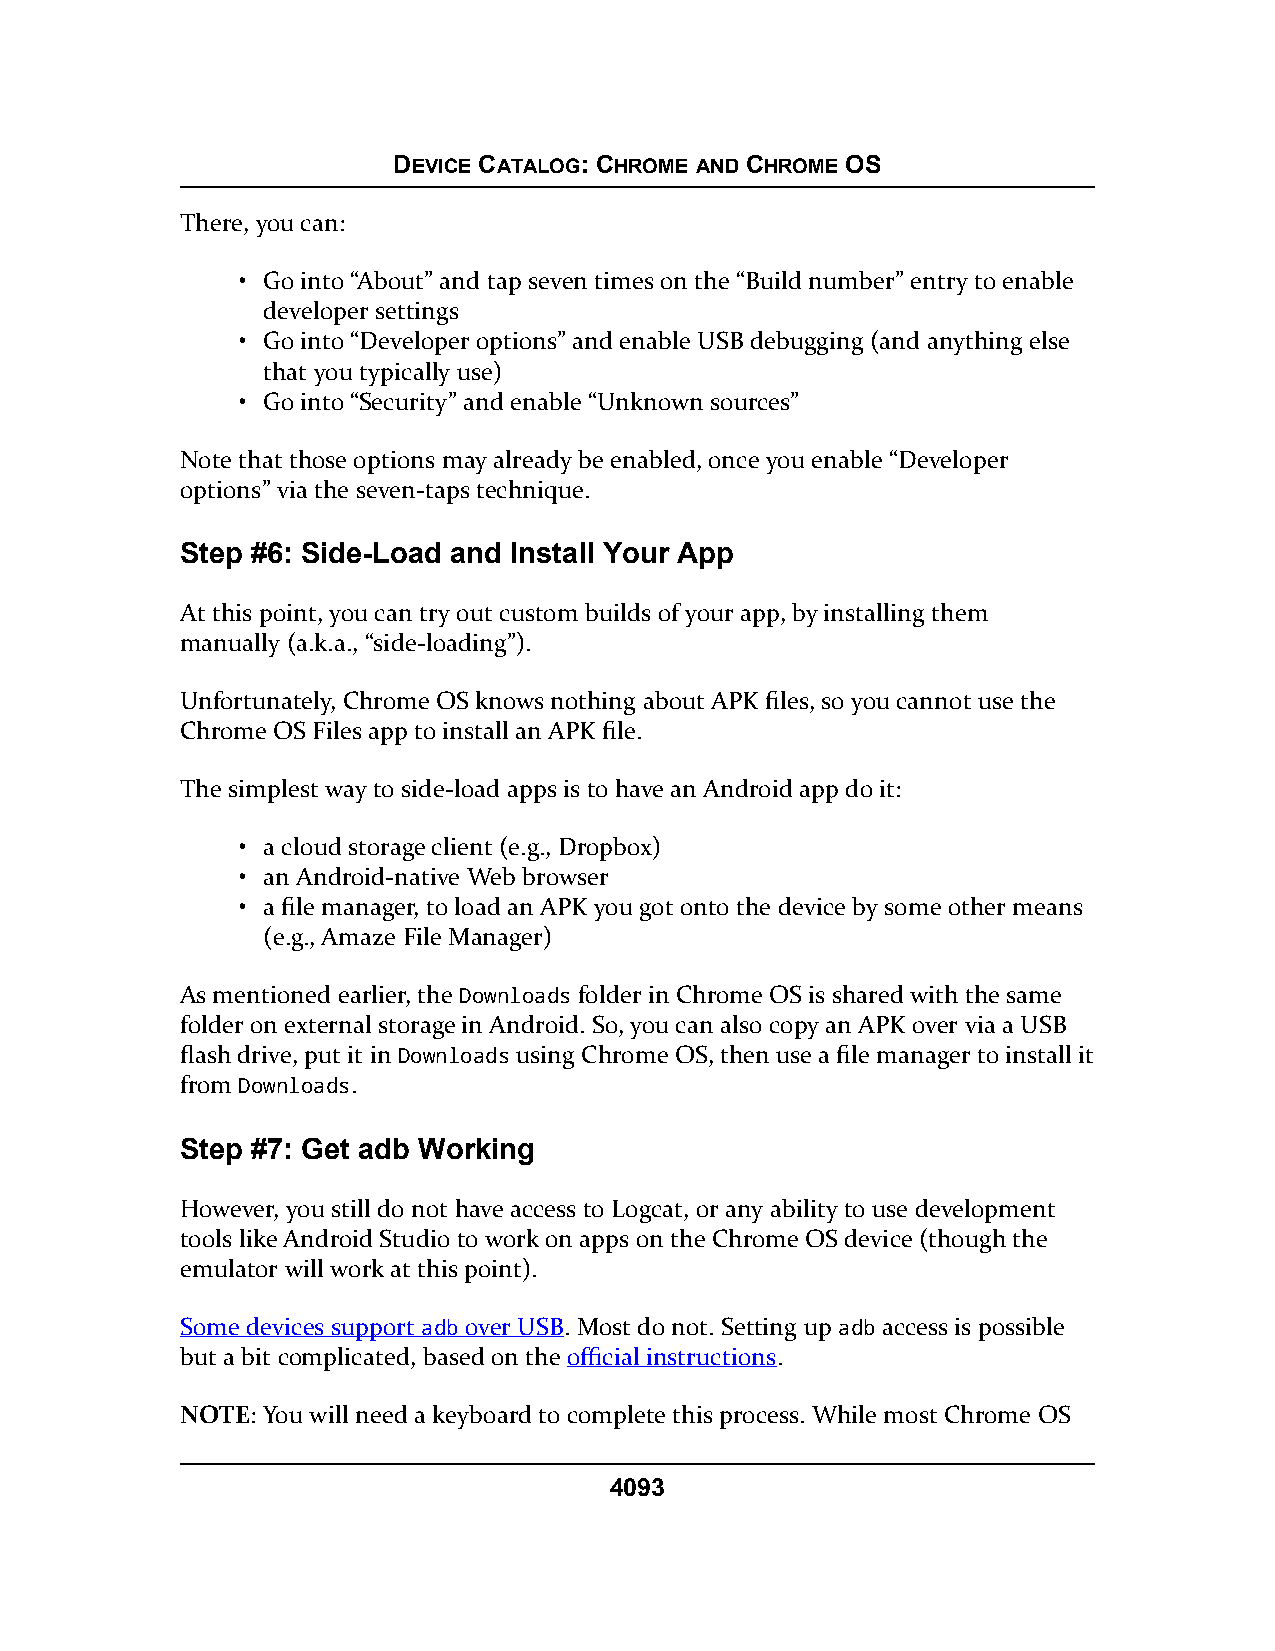
DEVICE CATALOG: CHROME AND CHROME OS
 There, you can:
 • Go into “About” and tap seven times on the “Build number” entry to enable
 developer settings
 • Go into “Developer options” and enable USB debugging (and anything else
 that you typically use)
 • Go into “Security” and enable “Unknown sources”
 Note that those options may already be enabled, once you enable “Developer
 options” via the seven-taps technique.
 Step #6: Side-Load and Install Your App
 At this point, you can try out custom builds of your app, by installing them
 manually (a.k.a., “side-loading”).
 Unfortunately, Chrome OS knows nothing about APK files, so you cannot use the
 Chrome OS Files app to install an APK file.
 The simplest way to side-load apps is to have an Android app do it:
 • a cloud storage client (e.g., Dropbox)
 • an Android-native Web browser
 • a file manager, to load an APK you got onto the device by some other means
 (e.g., Amaze File Manager)
 As mentioned earlier, the Downloads folder in Chrome OS is shared with the same
 folder on external storage in Android. So, you can also copy an APK over via a USB
 flash drive, put it in Downloads using Chrome OS, then use a file manager to install it
 from Downloads.
 Step #7: Get adb Working
 However, you still do not have access to Logcat, or any ability to use development
 tools like Android Studio to work on apps on the Chrome OS device (though the
 emulator will work at this point).
 Some devices support adb over USB. Most do not. Setting up adb access is possible
 but a bit complicated, based on the official instructions.
 NOTE: You will need a keyboard to complete this process. While most Chrome OS
 4093